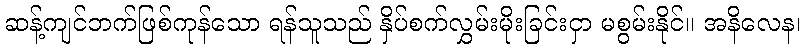
ဆန့်ကျင်ဘက်ဖြစ်ကုန်သော ရန်သူသည် နှိပ်စက်လွှမ်းမိုးခြင်းငှာ မစွမ်းနိုင်။ အနိလေန၊